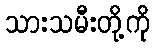
သားသမီးတို့ကို